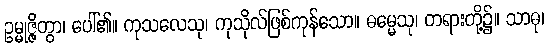
ဥမ္မုဇ္ဇိတွာ၊ ပေါ်၏။ ကုသလေသု၊ ကုသိုလ်ဖြစ်ကုန်သော။ ဓမ္မေသု၊ တရားတို့၌။ သာဓု၊